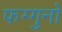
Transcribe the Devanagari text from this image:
फग्गुनो